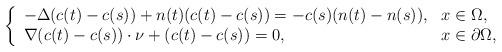
LaTeX: \begin{align*} \left\{\begin{array}{ll}-\Delta(c(t)-c(s))+n(t)(c(t)-c(s))=-c(s)(n(t)-n(s)), &x\in\Omega,\\ \nabla (c(t)-c(s))\cdot \nu+(c(t)-c(s))= 0, &x\in\partial\Omega, \end{array}\right.\end{align*}